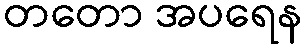
တတော အပရေန